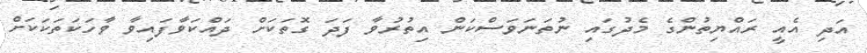
އަދި އެއީ ރައްޔިތުންގެ މެދުގައި ނުތަނަވަސްކަން އިތުރުވާ ފަދަ ގޮތަކަށް ދައްކަވާފައިވާ ވާހަކަތަކަކަށް